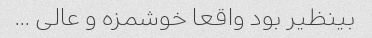
بینظیر بود واقعا خوشمزه و عالی …